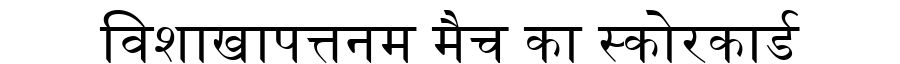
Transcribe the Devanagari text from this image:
विशाखापत्तनम मैच का स्कोरकार्ड